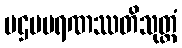
ပဌမမရဏဿတိသုတ္တံ